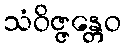
သံဝိဇ္ဇန္တေဝ